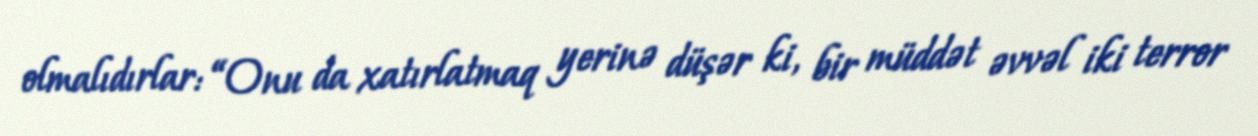
olmalıdırlar: “Onu da xatırlatmaq yerinə düşər ki, bir müddət əvvəl iki terror